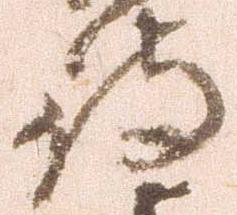
待